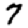
Digit: 7